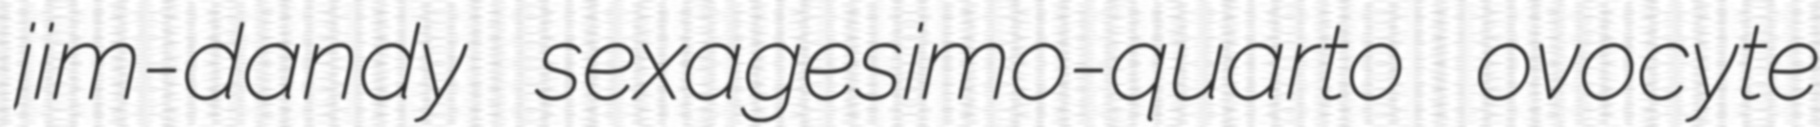
jim-dandy sexagesimo-quarto ovocyte